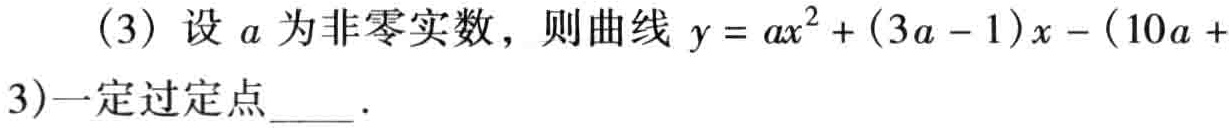
(3) 设 \(a\) 为非零实数，则曲线 \(y = ax^{2}+(3a - 1)x-(10a + 3)\)一定过定点____.